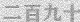
二百九十